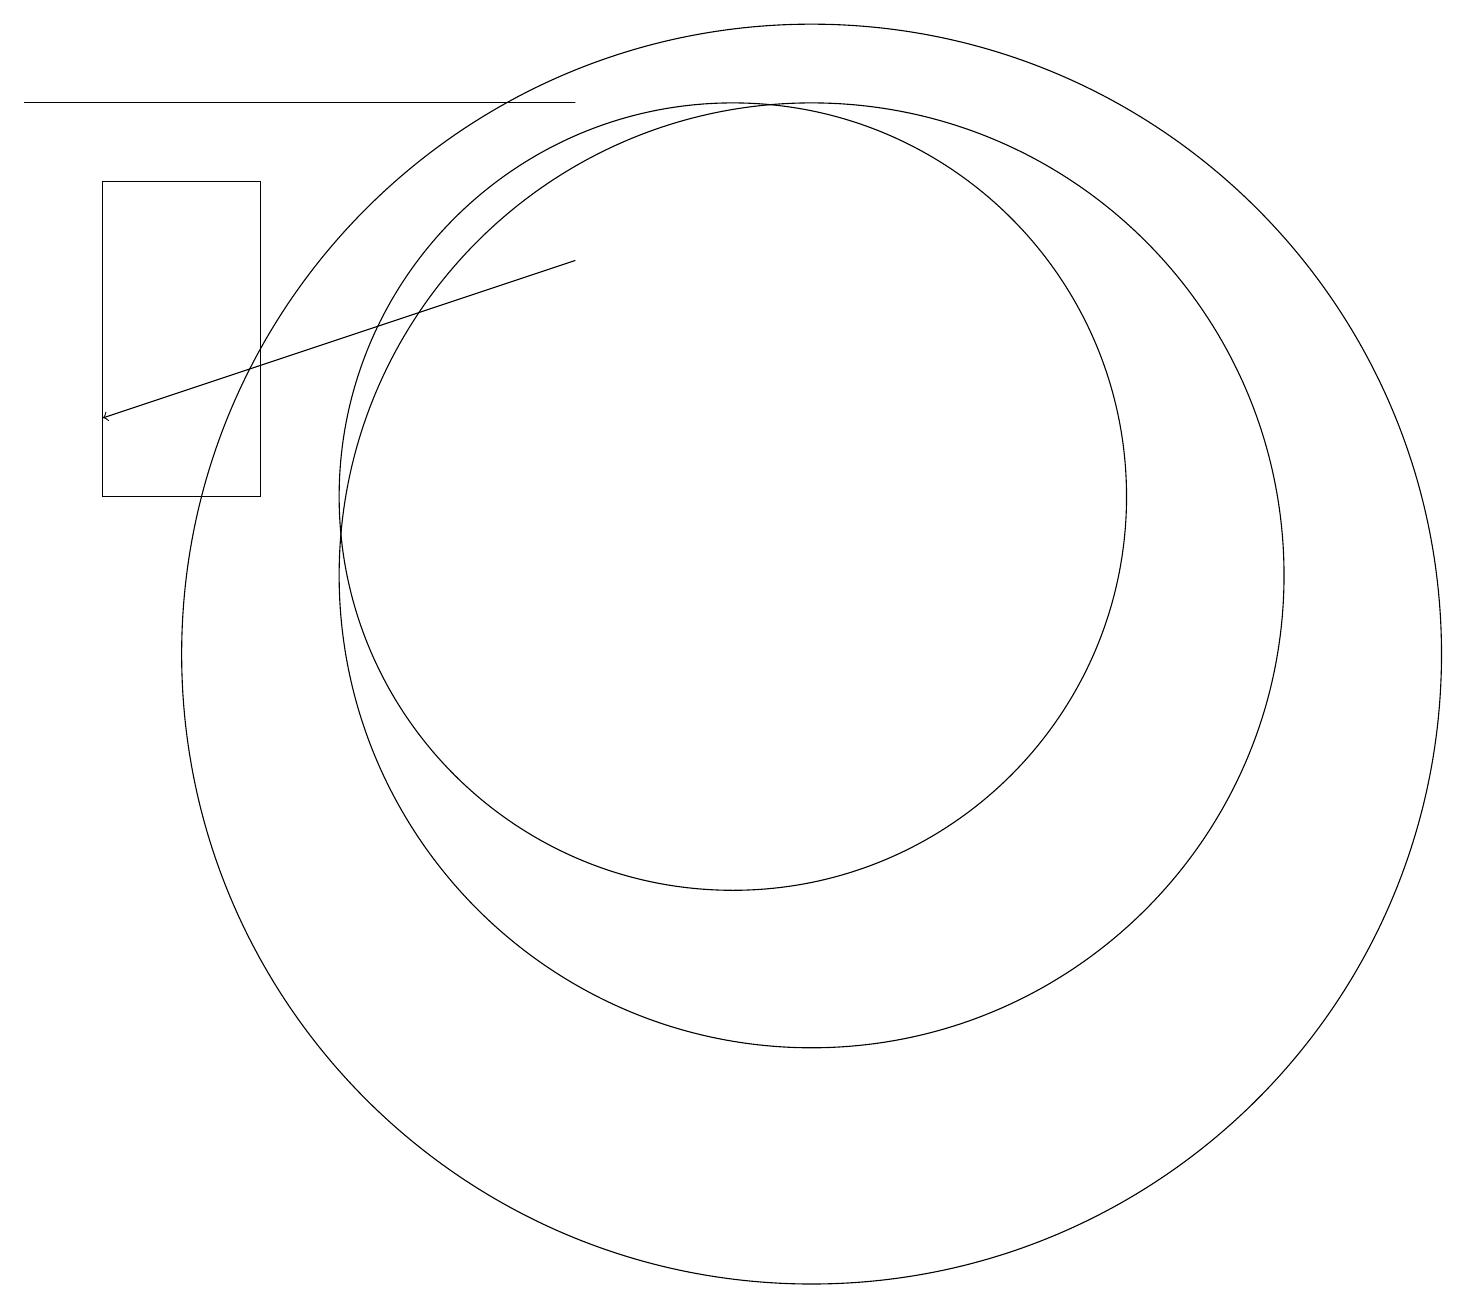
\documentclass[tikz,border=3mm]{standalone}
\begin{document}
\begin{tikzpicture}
\draw (11,10) circle (8);
\draw (1,17) rectangle (8,17);
\draw (10,12) circle (5);
\draw (11,11) circle (6);
\draw (2,16) rectangle (4,12);
\draw[->] (8,15) -- (2,13);
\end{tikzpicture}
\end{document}